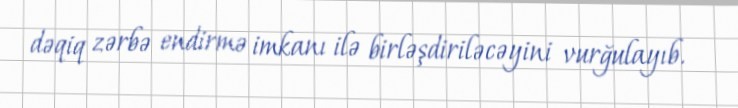
dəqiq zərbə endirmə imkanı ilə birləşdiriləcəyini vurğulayıb.